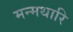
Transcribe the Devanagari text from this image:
मन्मथारि